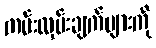
ကမ်းလှမ်းချက်များကို